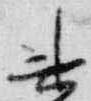
束